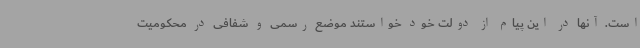
است. آنها در این پیام از دولت خود خواستند موضع رسمی و شفافی در محکومیت